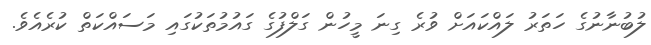
ލުބުނާނުގެ ހަތަރު ލައްކައަށް ވުރެ ގިނަ މީހުން ގަލްފުގެ ގައުމުތަކުގައި މަސައްކަތް ކުރެއެވެ.